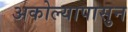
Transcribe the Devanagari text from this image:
अकोल्यापासुन